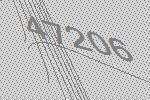
47206